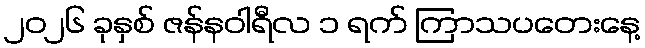
၂၀၂၆ ခုနှစ် ဇန်နဝါရီလ ၁ ရက် ကြာသပတေးနေ့